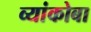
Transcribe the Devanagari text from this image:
व्यांकोबा